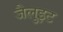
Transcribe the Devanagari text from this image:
जैलुइट